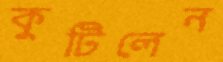
কুটিলেন